Document type: Sale
Year: 1451
Scribe: [Unknown]
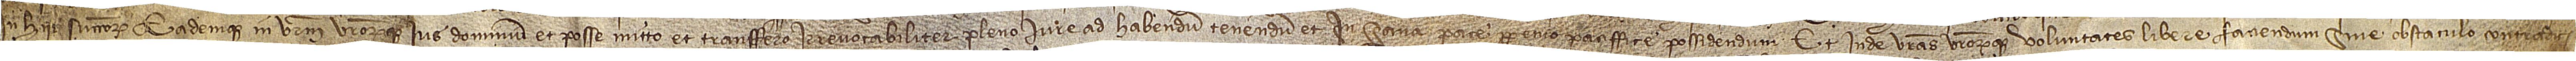
in hiis successorum eademque in vestrum vestrorumque ius, dominium et posse mitto et transfero irrevocabiliter pleno iure, ad habendum, tenendum et in sana pace perpetuo paciffice possidendum, et inde vestras vestrorumque voluntates libere faciendum, sine obstaculo, contradic-